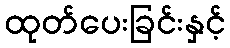
ထုတ်ပေးခြင်းနှင့်